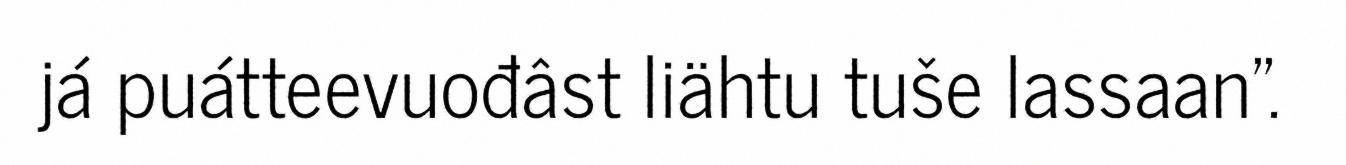
já puátteevuođâst liähtu tuše lassaan".